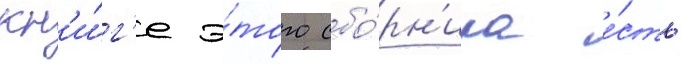
кн'и́г'е э́того сбо́рн'ика е́сть